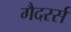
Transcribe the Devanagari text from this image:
गैदरर्स